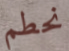
نحطم